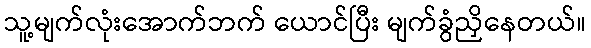
သူ့မျက်လုံးအောက်ဘက် ယောင်ပြီး မျက်ခွံညှိနေတယ်။